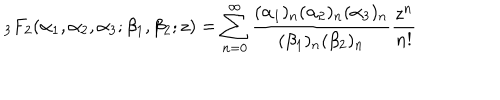
{ } _ { 3 } F _ { 2 } ( \alpha _ { 1 } , \alpha _ { 2 } , \alpha _ { 3 } ; \beta _ { 1 } , \beta _ { 2 } ; z ) = \sum _ { n = 0 } ^ { \infty } \frac { ( \alpha _ { 1 } ) _ { n } ( \alpha _ { 2 } ) _ { n } ( \alpha _ { 3 } ) _ { n } } { ( \beta _ { 1 } ) _ { n } ( \beta _ { 2 } ) _ { n } } \frac { z ^ { n } } { n ! }